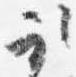
取